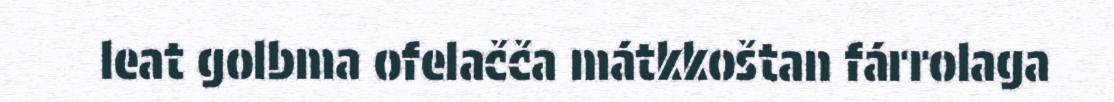
leat golbma ofelačča mátkkoštan fárrolaga